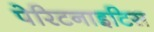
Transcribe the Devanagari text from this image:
पेरिटनाइटिस